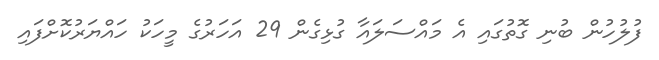
ފުލުހުން ބުނި ގޮތުގައި އެ މައްސަލައާ ގުޅިގެން 29 އަހަރުގެ މީހަކު ހައްޔަރުކޮށްފައި